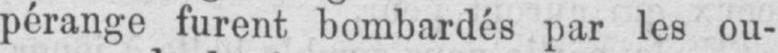
pérange furent bombardés par les ou-